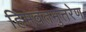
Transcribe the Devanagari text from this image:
हिमवंतमुत्तरेण